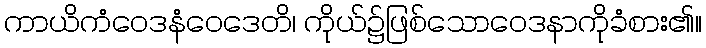
ကာယိကံဝေဒနံဝေဒေတိ၊ ကိုယ်၌ဖြစ်သောဝေဒနာကိုခံစား၏။